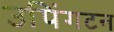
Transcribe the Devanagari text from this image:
उपिंगटन